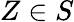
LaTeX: Z\in S